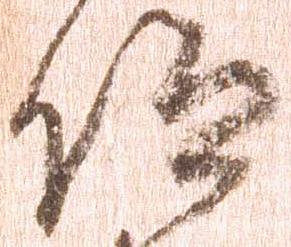
仰